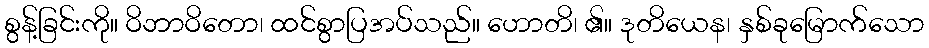
စွန့်ခြင်းကို။ ဝိဘာဝိတော၊ ထင်စွာပြအပ်သည်။ ဟောတိ၊ ၏။ ဒုတိယေန၊ နှစ်ခုမြောက်သော